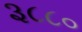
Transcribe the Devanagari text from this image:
३८८०